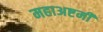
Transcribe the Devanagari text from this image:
महाअष्टमी